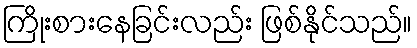
ကြိုးစားနေခြင်းလည်း ဖြစ်နိုင်သည်။